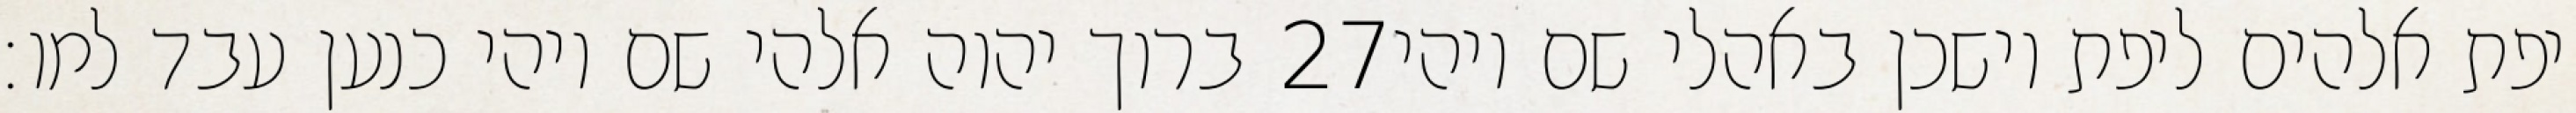
ברוך יהוה אלהי שם ויהי כנען עבד למו׃ ‎27‏ יפת אלהים ליפת וישכן באהלי שם ויהי